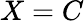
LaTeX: X=C